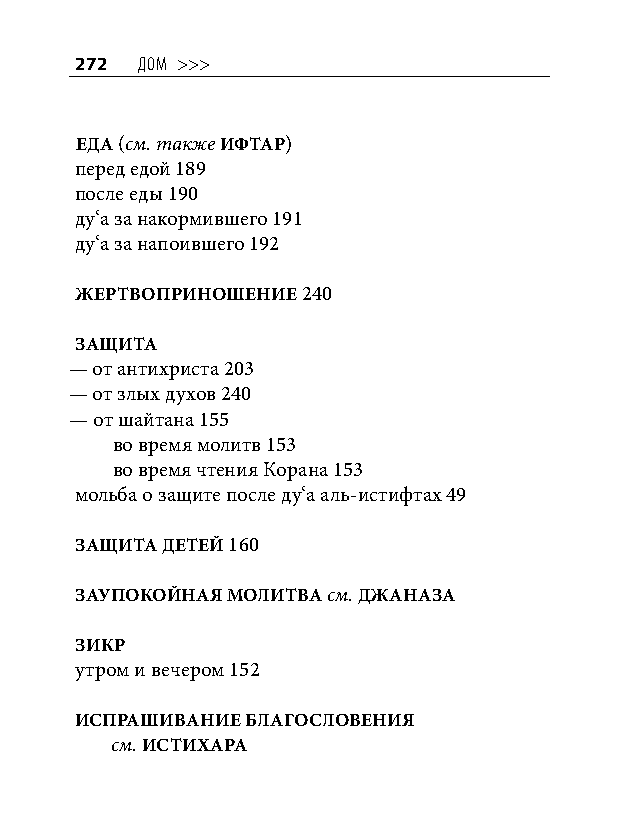
272 дом >>>
 ЕДА (см. также ИФТАР)
 перед едой 189
 после еды 190
 ду‘а за накормившего 191
 ду‘а за напоившего 192
 ЖЕРТВОПРИНОШЕНИЕ 240
 ЗАщИТА
 — от антихриста 203
 — от злых духов 240
 — от шайтана 155
 во время молитв 153
 во время чтения Корана 153
 мольба о защите после ду‘а аль-истифтах 49
 ЗАщИТА ДЕТЕй 160
 ЗАУПОКОйНАЯ МОЛИТВА см. ДЖАНАЗА
 ЗИКР
 утром и вечером 152
 ИСПРАШИВАНИЕ БЛАГОСЛОВЕНИЯ
 см. ИСТИХАРА